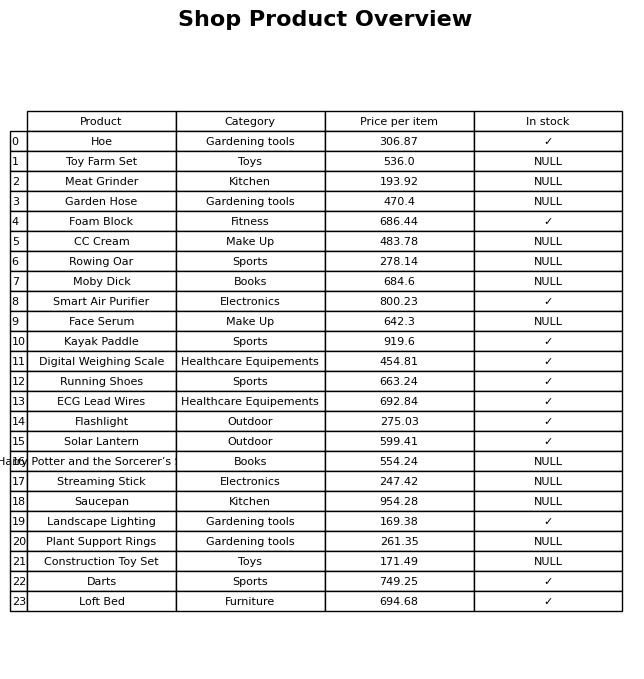
question: What is the stock status of the Kayak Paddle?
answer: ✓